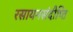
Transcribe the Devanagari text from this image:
रसायनसंदीप्ति